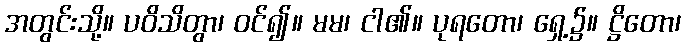
အတွင်းသို့။ ပဝိသိတွာ၊ ဝင်၍။ မမ၊ ငါ၏။ ပုရတော၊ ရှေ့၌။ ဋ္ဌိတော၊